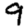
Digit: 9